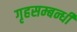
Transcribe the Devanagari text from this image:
गृहसम्बन्धी